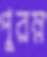
পুরম্ন